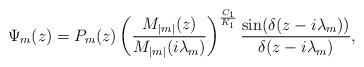
LaTeX: \begin{align*} \Psi_m(z)=P_m(z)\left(\frac{M_{|m|}(z)}{M_{|m|}(i\lambda_m)}\right)^{\frac{C_1}{K_1}}\frac{\sin(\delta(z-i\lambda_m))}{\delta(z-i\lambda_m)},\end{align*}